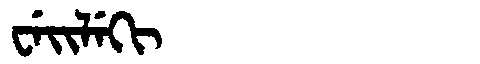
Manchu: ᠸᡝᡳᠯᡝᡴᡳ
Romanization: WEILEKI